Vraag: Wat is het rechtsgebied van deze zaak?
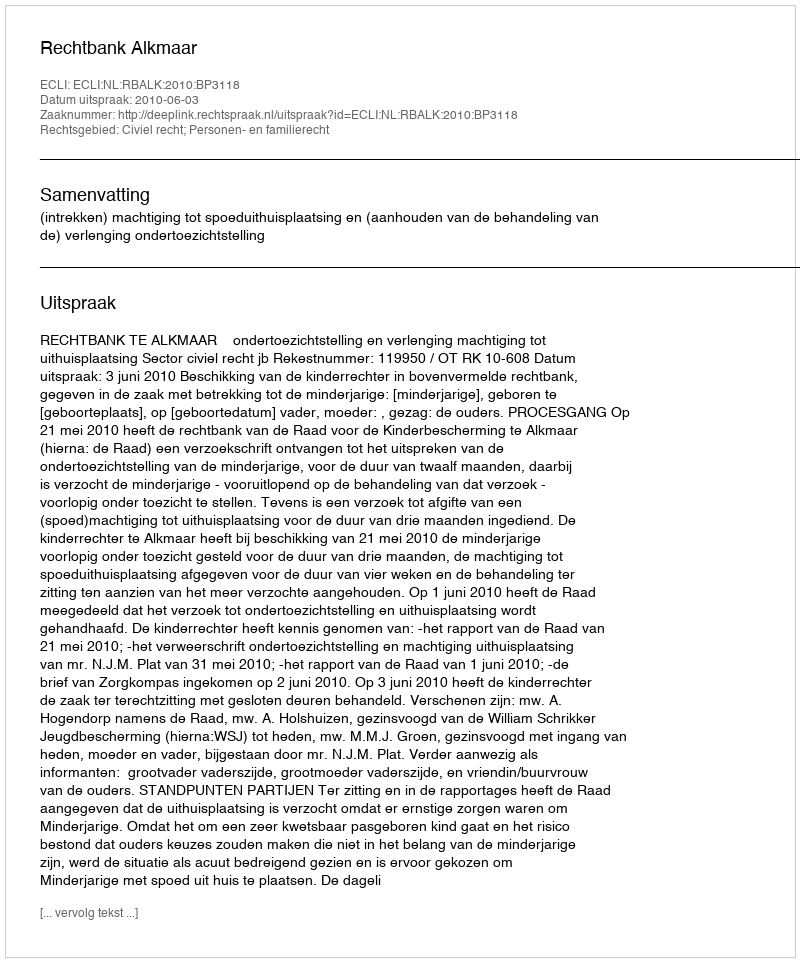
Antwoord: Civiel recht; Personen- en familierecht